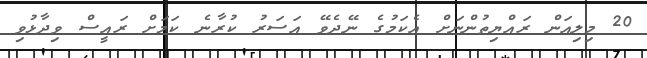
20 މިލިއަން ރައްޔިތުންނަށް އެކަމުގެ ނޭދެވޭ އަސަރު ކުރާނެ ކަމަށް ރައީސް ވިދާޅުވި